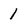
Character: 1